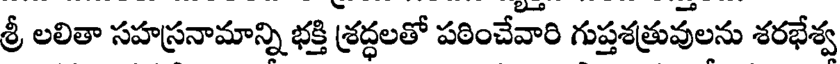
శ్రీ లలితా సహస్రనామాన్ని భక్తి శ్రద్ధలతో పఠించేవారి గుప్తశత్రువులను శరభేశ్వ